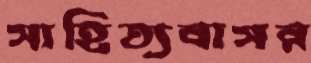
সাহিত্যবাসর